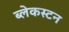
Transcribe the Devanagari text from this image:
ब्लेकस्टन